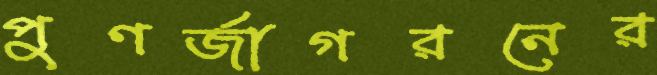
পুণর্জাগরনের